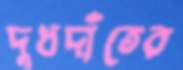
দুধদাঁতের